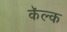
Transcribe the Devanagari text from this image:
कॅल्क